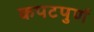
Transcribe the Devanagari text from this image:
कपटपुर्ण